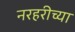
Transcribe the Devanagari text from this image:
नरहरीच्या